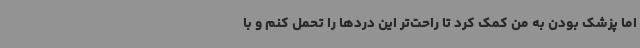
اما پزشک بودن به من کمک کرد تا راحت‌تر این دردها را تحمل کنم و با